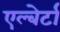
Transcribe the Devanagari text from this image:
एल्बेर्टा